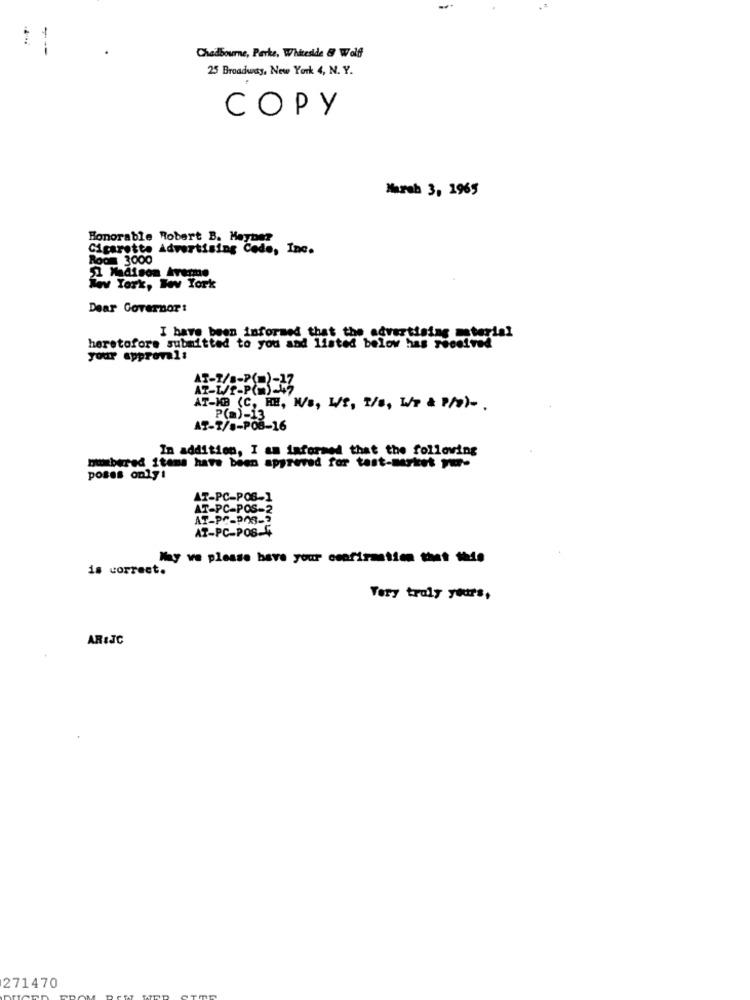
Chadbourne, Parke, Whiteside & Wolff
25 Broadway, New York 4, N. Y.
COPY
March 3, 1965
Honorable Robert B. Maybe?
Cigarette Advertising Code, Inc.
Room 3000
51 Madison Avemmo
Www Tork, Www York
Dear Governor:
I have been informed that the advertising material
heretofore submitted to you and listed below has received
your approval:
AT-LE-P(MS-
AT-KB (C, HE, M/s, L/T, 1/0, W/P & P/O) -.
P(m)-13
AT-2/s-POB-16
In addition, I am informed that the following
mbered items have been approved for test-merket yur-
poses only!
AT-PC-POB-1
AT-PC-POS-2
AT-PC-POS-4
May ve please have your osafirmation that this
is correct.
Very truly yours,
ARIJC
271470